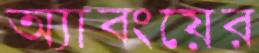
অ্যাবংয়ের